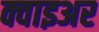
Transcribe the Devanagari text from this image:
क्वाइअर